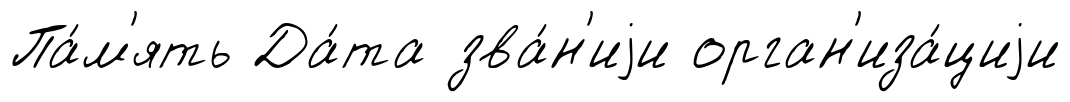
Па́м'ять Да́та зва́н'иjи орган'иза́циjи